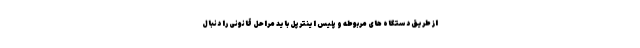
از طریق دستگاه های مربوطه و پلیس اینترپل باید مراحل قانونی را دنبال